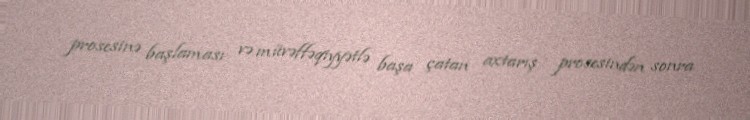
prosesinə başlaması və müvəffəqiyyətlə başa çatan axtarış prosesindən sonra